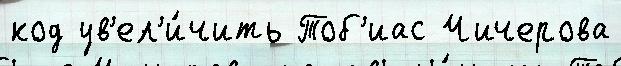
код ув'ел'и́чить Тоб'иас Чичерова